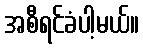
အစီရင်ခံပါ့မယ်။